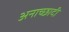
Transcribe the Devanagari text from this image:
अनाच्छादी